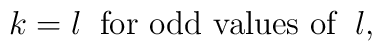
k=l\;\; \hbox{for  odd  values  of}\;\; l,